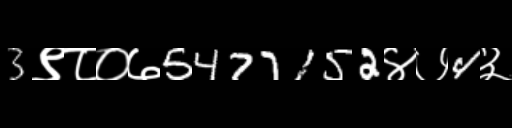
Text: 3९८०७5477152४७4३